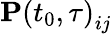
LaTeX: \mathbf{P}\left(t_{0},\tau\right)_{ij}